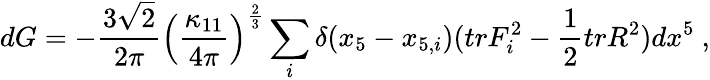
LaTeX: dG=-{\frac{3\sqrt 2}{2\pi}}\left(\frac{\kappa_{11}}{4\pi}\right)^{\frac{2}{3}}\sum_{i}\delta(x_{5}-x_{5,i})(trF_{i}^{2}-{\frac{1}{2}}trR^{2})dx^{5}\ ,